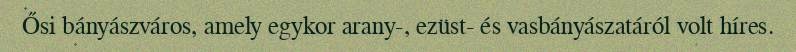
Ősi bányászváros, amely egykor arany-, ezüst- és vasbányászatáról volt híres.